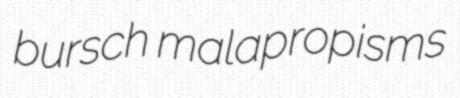
bursch malapropisms